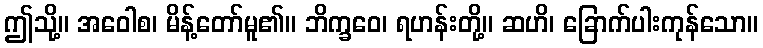
ဤသို့။ အဝေါစ၊ မိန့်တော်မူ၏။ ဘိက္ခဝေ၊ ရဟန်းတို့။ ဆဟိ၊ ခြောက်ပါးကုန်သော။